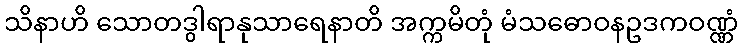
သိနာဟိ သောတဒွါရာနုသာရေနာတိ အက္ကမိတုံ မံသဓောဝနဥဒကဝဏ္ဏံ